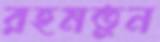
রহমতুন